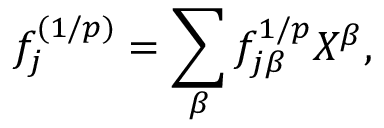
f _ { j } ^ { ( 1 / p ) } = \sum _ { \beta } f _ { j \beta } ^ { 1 / p } X ^ { \beta } ,